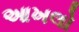
આખલો